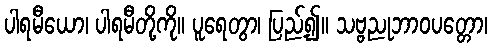
ပါရမီယော၊ ပါရမီတို့ကို။ ပူရေတွာ၊ ပြည့်၍။ သဗ္ဗညုဘာဝပတ္တော၊